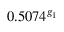
0 . 5 0 7 4 ^ { g _ { 1 } }